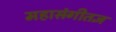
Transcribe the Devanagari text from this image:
महासंगीतज्ञ